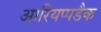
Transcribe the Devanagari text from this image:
आरियप्पडैक